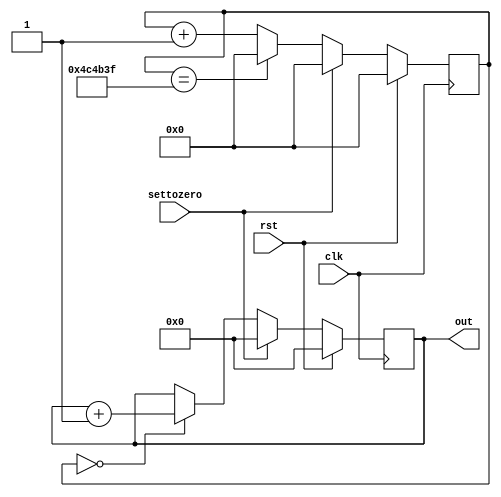
/*
   This file was generated automatically by the Mojo IDE version B1.3.6.
   Do not edit this file directly. Instead edit the original Lucid source.
   This is a temporary file and any changes made to it will be destroyed.
*/

module pointonecounter_17 (
    input clk,
    input rst,
    input settozero,
    output reg [7:0] out
  );
  
  
  
  localparam TOP = 23'h4c4b3f;
  
  localparam SIZE = 5'h17;
  
  reg [22:0] M_counter_d, M_counter_q = 1'h0;
  
  localparam TOP2 = 8'hc7;
  
  localparam SIZE2 = 4'h8;
  
  reg [7:0] M_totalTime_d, M_totalTime_q = 1'h0;
  
  always @* begin
    M_counter_d = M_counter_q;
    M_totalTime_d = M_totalTime_q;
    
    out = M_totalTime_q;
    M_counter_d = M_counter_q + 1'h1;
    if (settozero) begin
      M_counter_d = 1'h0;
      M_totalTime_d = 1'h0;
    end else begin
      if (M_counter_q == 1'h0) begin
        M_totalTime_d = M_totalTime_q + 1'h1;
      end
      if (M_counter_q == 23'h4c4b3f) begin
        M_counter_d = 1'h0;
      end
    end
  end
  
  always @(posedge clk) begin
    if (rst == 1'b1) begin
      M_counter_q <= 1'h0;
    end else begin
      M_counter_q <= M_counter_d;
    end
  end
  
  
  always @(posedge clk) begin
    if (rst == 1'b1) begin
      M_totalTime_q <= 1'h0;
    end else begin
      M_totalTime_q <= M_totalTime_d;
    end
  end
  
endmodule